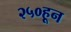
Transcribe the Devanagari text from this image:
२५०हून